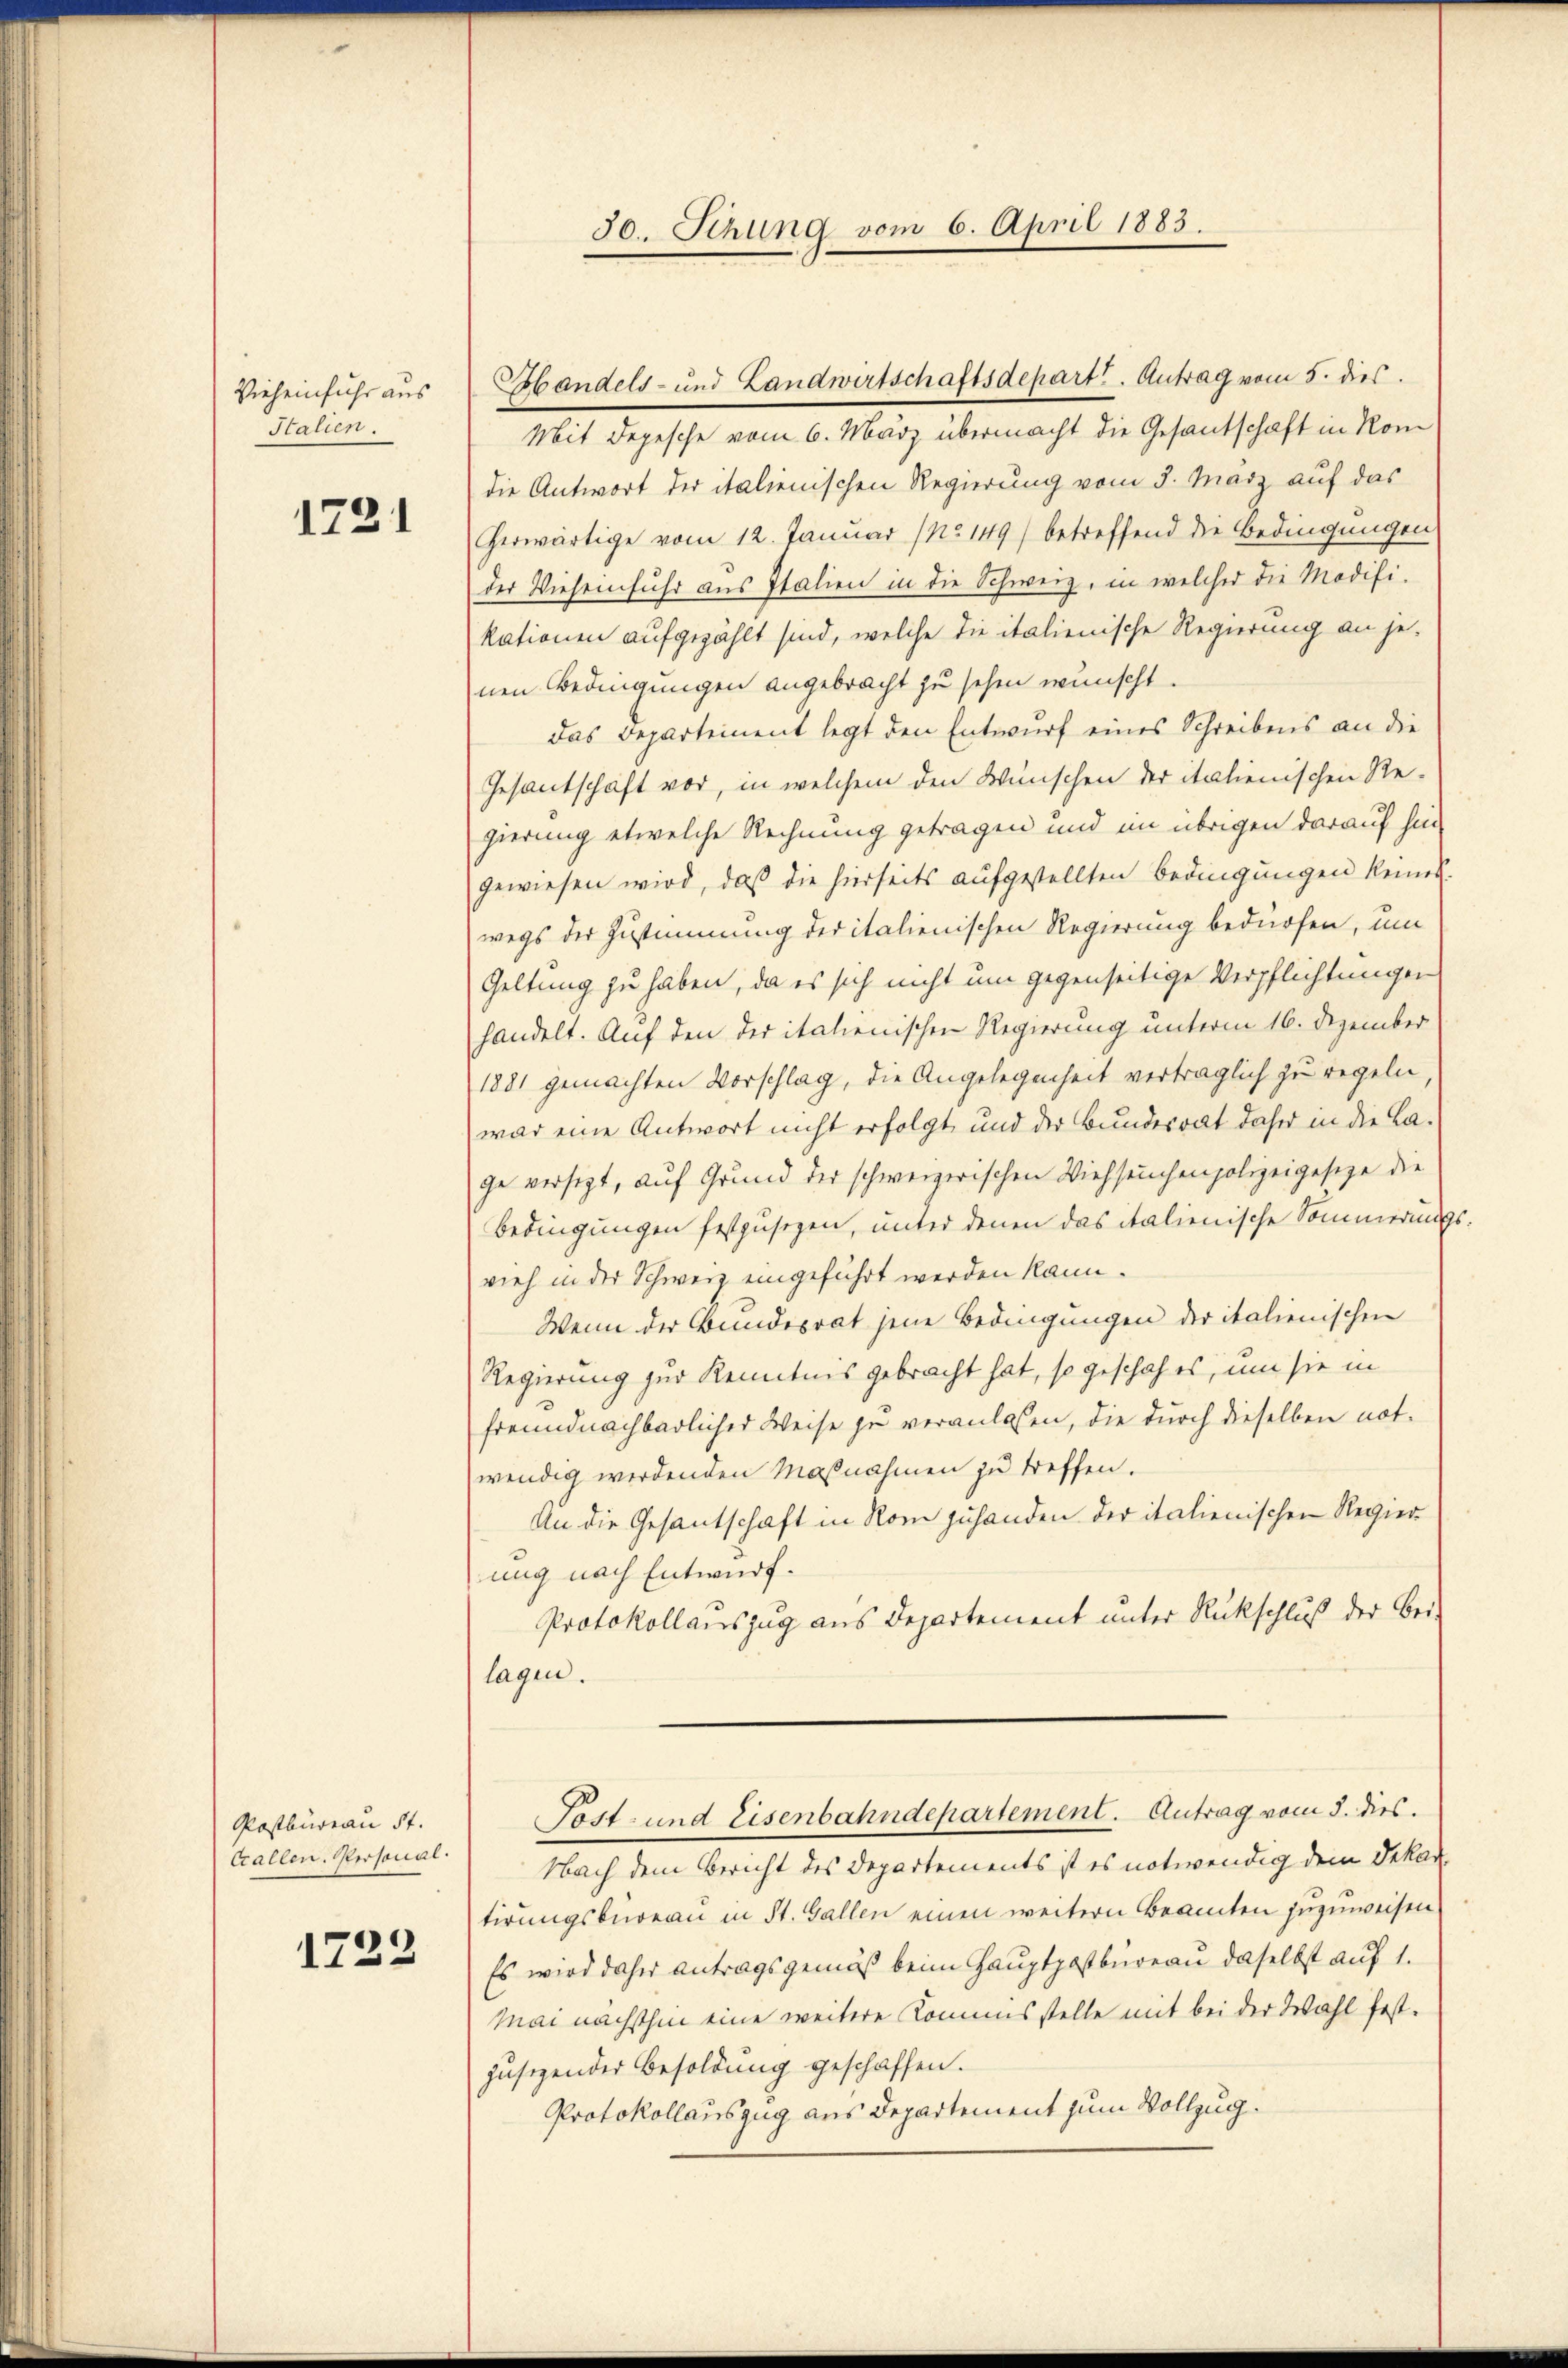
Vieheinfuhr aus
Stalien.

1721

Postbureau St.
Callen. Personal.

1722

30. Sitzung vom 6. April 1883.

Mit Depesche vom 6. März übermacht die Gesantschaft in Rom
die Antwort der italienischen Regierung vom 3. März auf das
herwärtige vom 12. Januar (No149) betreffend die Bedingungen
der Wieseinfuhr aus Italien in die Schweiz, in welcher die Modifikationen aufgezählt sind, welche die italienische Regierung an je-
nen Bedingungen angebracht zu sehen wünscht.
Das Departement legt den Entwurf eines Schreibens an die
Gesantschaft vor, in welchem den Wünschen der italienischen Re-
gierung etwelche Rechnung getragen und im übrigen darauf hin
gewiesen wird, daß die hierseits aufgestellten Bedingungen kennt.
wegs der Zustimmung der italienischen Regierung bedürfen, um
Geltung zu haben, da es sich nicht um gegenseitige Verpflichtungen
handelt. Auf den der italienischen Regierung unterm 16. Dezember
1881 gemachten Vorschlag, die Angelegenheit verträglich zu regeln
war eine Antwort nicht erfolgt und der Bundesrat daher in die Lage versitzt, auf Grund der schweizerischen Viehseuchenpolizeigesetze die
Bedingungen festzusezen, unter denen das italienische Sommerungsvieh in der Schwerz eingeführt werden kann.
Wenn der Bundesrat jene Bedingungen der italienischen
Regierung zur Kenntnis gebracht hat, so geschah es, um sie in
freundnachbarlicher Weise je veranlaßen, die durch dieselben notwendig werdenden Maßnahmen zu treffen.
An die Gesantschaft in Rom zuhanden der italienischen Regier
ung nach Entwurf.
Protokollauszug aus Departement unter Rückschluß der Bei-
lagen.
Tost- und Eisenbahndepartement. Antrag vom 5. dies.
Nach dem Bericht des Departements ist es notwendig dem Dekar
tirungsbureau in St. Gallen einen weitern Beamten zuzuweisen
Es wird daher antragsgemäß beim Hauptpostbüreau daselbst auf 1.
Mai nächsthin eine weitere Kommisstelle mit bei der Wahl festjusizender Besoldung geschaffen.
Protokollauszug aus Departement zum Vollzug.

Handels- und Landwirtschaftsdepart. Antrag vom 5. dies.